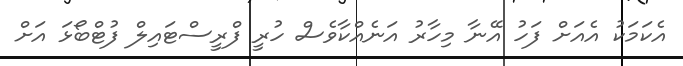
އެކަމަކު އެއަށް ފަހު އޭނާ މިހާރު އަނެއްކާވެސް ހުރީ ފްރީސްޓައިލް ފުޓްބޯޅަ އަށް